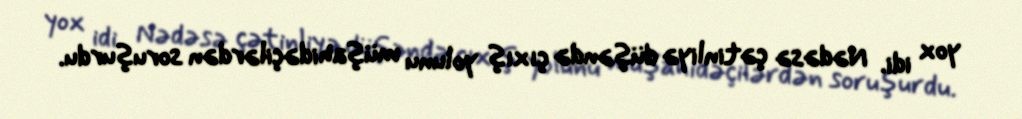
yox idi. Nədəsə çətinliyə düşəndə çıxış yolunu müşahidəçilərdən soruşurdu.